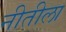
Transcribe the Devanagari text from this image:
नीतीला